Vaccination in the Punjab 1867-1880 - 1867-1880
Year: 1867
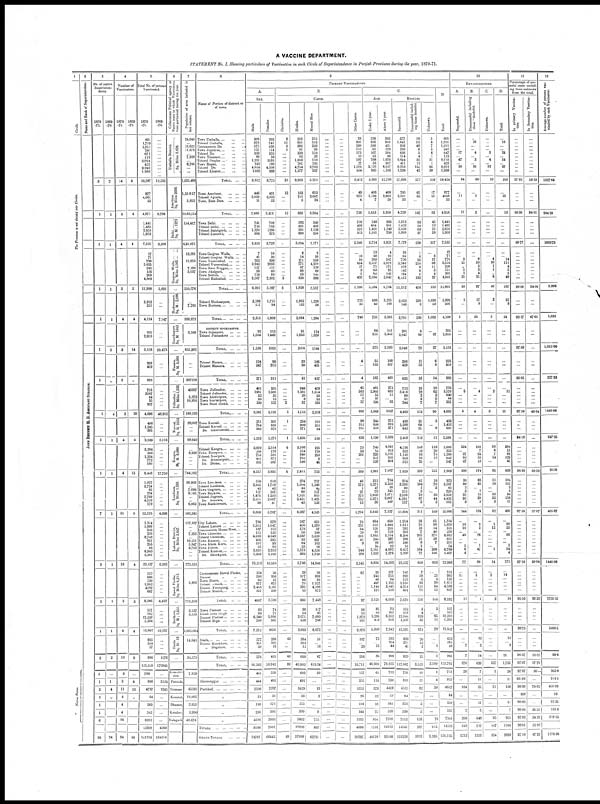
A VACCINE DEPARTMENT.
STATEMENT No. I. Showing particulars of Vaccination in each Circle of Superintendence in Punjab Provinces during the year, 1870-71.
1
Circle.
The Province is not divided into Circles.
Native States.
{
2
Name and Rank of Superintendent.
JOHN BENNETT M. D. ASSISTANT SURGEON.
3
No of native
Superinten-
dents
1870
-71.
3
1
1
1
1
1
1
1
1
1
7
5
1
1
2
1
1
3
1
1
1
6
26
1869
-70.
2
1
1
1
1
5
„
4
1
1
1
1
1
1
2
...
1
4
„
24
4
Number of
Vaccinators.
1870
-71.
14
5
4
3
4
3
3
3
4
4
31
16
3
4
10
3
3
11
4
4
4
26
94
1869
-70.
6
4
4
3
4
14
„
20
4
13
5
4
3
4
9
...
4
13
„
88
5
Total No of persons
Vaccinated
1870
-71.
601
1,719
1,011
241
671
119
2,764
423
9,040
1,998
18,587
877
4,061
33
4,971
1,441
1,485
2,650
1,959
7,535
17
71
790
5,635
242
156
208
4,869
11,988
3,913
211
4,124
205
2,953
3,158
223
459
682
753
3587
64
35
257
4,696
456
1,245
681
2,589
5,384
366
1,334
772
592
8,448
1,077
3,724
85
224
2,709
4,578
179
12,576
1,314
1,999
340
250
8,748
831
255
56
6,843
2,501
23,137
152
996
130
1,652
4589
687
8,206
157
162
12,238
1,284
13,842
665
264
57
986
125,525
789
846
4797
64
369
542
8292
15699
141224
1869
-70.
...
...
...
...
...
...
...
...
...
...
12,535
8,798
8,300
5,691
...
...
7,147
...
...
29,473
...
...
...
...
...
...
...
48,932
...
...
...
5,118
...
...
...
...
...
17,750
...
...
...
...
...
...
...
4,098
...
...
...
...
...
...
...
...
...
...
6,263
...
...
...
...
...
...
6,427
...
...
...
...
18,237
...
...
...
1176
179945
...
3124
1245
...
...
...
...
4369
184314
6
Collectorate Political agency or
Native state in which Vaccinatons
were performed during the year.
Umballa District
{
Sq Miles 2,628.
Amritsur
Sq Miles 2036
Delhi, ... ... ...
Sq M: 1273
Goojran Walla, ... ...
Sq. Miles 2,562
...
Hoshearpore
Sq. M. 2,086
...
Goordaspore
Sq M. 1342
...
Hazara,
Sq M. 3,000.
...
...
J ul l
undur ,
Sq. Miles 1,332
...
Kurnal,
Sq. M. 2353
...
Kangra,
Sq M. 8,990
...
Loodiana,
Sq Miles 1 359.
...
Lahore District,
Sq Miles 3,647.
...
Rawul Pindee.
Sq Miles 6,212
...
Sealkote,
Sq M: 1,955
...
Simla
Sq. M 18
Koniahr-
sien
Puttiala
Sirmoor
Keuntal,
Dhamee,
Kotahur,
Nalagurh
7
Population of area included in
last column
24,040
...
16,622
11,676
...
7,929
...
8,700
...
...
1,035,488
1,35 817
5,853
10,83,514
154,417
6,21,675
19,381
15,653
7,180
5,037
550,576
...
7,785
939,972
5,566
655,362
...
...
367218
45607
5,073
10,953
180,165
29,007
...
...
68,942
...
9,928
...
...
...
744,162
39,983
...
7,096
9,165
...
...
6,062
583,245
117,107
...
...
7,355
...
16,551
5,847
6,718
...
...
775,551
5,803
711,256
8,527
5,153
1,005,004
14,848
34,173
7 829
45595
18,083
2,853
3,990
49,678
8
N a m e of portion of d i s t r i c t or of t o w n
Town Umballa, ...
...
...
Tehseel Umballa, ... ...
Contonments Do.
...
...
Town Jugadree, ... ... ...
Tehseel Do. ... ... ...
Town Thanesar, ...
...
...
Tehseel Peeplee
...
...
...
Town Rupar, ... ... ...
Tehseel Do. ... ... ...
Tehseel Khuror, ... ... ...
TOTAL, ... ...
Town Amritsur, ... ... ...
Tehseel Aguala, ... ... ...
Town Ram Dass, ... ... ...
TOTAL, ... ...
Town Delhi, ... ... ... ...
Tehseel Delhi, ... ... ... ...
Tehseel Balabgurh, ... ... ...
Tehseel Larsowh, ... ... ...
TOTAL, ... ... ...
Town Goojran Walla, ... ...
Tehseel Goojran Walla, ... ...
Town Vuzeerabad, ... ... ...
Tehseel Vuzeerabad, ... ... ...
Town Ram Nuggur, ... ... ...
Town Akalgurh, ... ... ...
Town Sodrah,
...
...
...
Tehseel Hafizabad, ... ... ...
TOTAL, ... ... ...
Tehseel Hoshearpore,
...
...
Town Huriana, ... ... ... ...
TOTAL, ... ... ... ...
DISTRICT GOORDASPOR.
Town Sojanpore, ... ... ...
Tehseel Puttankote ... ... ...
TOTAL, ... ... ...
Tehseel Hazara, ... ... ... ...
Tehseel Mansera, ... ... ...
TOTAL, ... ... ...
Town Jullundur, ... ... ...
Tehseel Jullunder, ... ... ...
Town Alowhlpore, ... ... ...
Town Kaitarpore, ... ... ...
Town Busti Shekh, ... ... ...
TOTAL, ... ... ...
Town Kurnal, ... ... ... ...
Tehseel Kurnal, ... ... ... ...
Do Ghuroundah, ... ... ...
TOTAL, ... ... ...
Tehseel Kangra, ... ... ... ...
Town Noorpore, ... ... ... ...
Tehseel Noorpore, ... ... ...
Do. Humeerpore, ... ... ...
Do. Deran, ... ... ... ...
TOTAL, ... ... ...
Town Loodiana, ... ... ... ...
Tehseel Loodiana, ... ... ... ...
Town Gugraon, ... ... ... ...
Town Rojkote, ... ... ... ...
Tehseel Jugraon, ... ... ...
Do. Simrala, ... ... ...
Town Machhewara, ... ... ...
TOTAL, ... ... ...
City Lahore, ... ... ... ...
Tehseel Lahore ... ... ... ...
Contonments Meean Meer, ... ...
Town Chooman, ... ... ... ...
Tehseel Chooman, ... ... ...
Town Kussoor, ... ... ... ...
Town Khem Kurn, ... ... ...
Town Puttee, ... ... ... ...
Tehseel Kussuor, ... ... ... ...
Do. Shurkpore, ... ... ...
TOTAL, ... ... ...
Contonments Rawul Pindee, ...
Tehseel
„
„ ...
Town Huzro, ... ... ... ...
Tehseel Attock, ... ... ... ...
Tehseel Puttogung, ... ... ...
Tehseel Murree, ... ... ... ...
TOTAL, ... ... ...
Town Pusroor ... ... ... ...
Zihah Soba Singh ... ... ...
Tehseel Pusroor ... ... ... ...
Tehseel Bega ... ... ... ...
TOTAL, ... ... ...
Simla, ... ... ... ... ... ...
Tehseel Kotekhate, ... ... ...
„ Dugshare, ... ... ...
TOTAL, ... ... ...
TOTAL, ... ... ...
„
Shreenuggur ... ... ... ...
Puchhad, ... ... ... ... ...
„
„
„
„
TOTALS, ... ... ... ... ...
GRAND TOTALS,
...
...
...
9
PRIMARY VACCINATINOS.
A.
SEX.
Mails.
308
978
575
127
338
69
1,231
243
4 834
1109
9,812
446
2,039
11
2,496
741
716
1,370
986
3,813
7
41
392
2,942
127
96
119
2,567
6,291
2,198
117
2,315
92
1,504
1,596
124
247
371
401
1981
32
23
130
2,567
251
764
303
1,319
2,870
188
753
401
305
4,517
559
2,005
43
117
1,476
2,511
98
6,809
736
1,952
187
115
4,699
436
162
33
3,630
1,333
13,283
124
598
63
977
2,488
357
4607
83
89
6,340
700
7,212
377
101
38
576
66,583
461
444
2500
33
198
236
4326
8198
74781
Females
293
741
436
114
333
50
1533
180
4,206
889
8,775
431
2,022
22
2,475
700
769
1280
973
3,722
10
30
398
2093
115
60
89
2,302
5,097
1,715
94
1,809
113
1,449
1562
99
212
311
352
1,606
32
12
127
2,129
205
688
378
1,271
2,514
178
581
371
287
3,931
518
1,719
42
107
1,233
2,067
8
5,767
578
1,047
153
135
4,049
395
93
23
3,213
1,168
10,854
28
398
67
675
2,101
330
3,599
74
73
5,898
585
6630
288
103
19
410
58,942
328
402
2297
31
171
306
3966
7501
66443
B.
CASTE.
Christian
6
11
3
1
...
...
...
...
...
...
21
12
...
...
12
...
...
...
...
...
...
...
...
...
...
...
...
3
3
...
...
...
...
...
...
...
...
...
...
...
...
...
2
2
1
...
...
1
6
...
...
...
...
6
...
...
...
...
...
...
...
...
...
...
...
...
...
...
...
...
...
...
...
...
...
...
...
...
...
...
...
...
...
...
...
43
...
...
43
88
...
...
...
...
...
...
...
88
Hindoo
252
855
392
91
339
83
1,659
201
4,754
1,277
9,903
163
701
5
869
582
561
991
890
3,024
8
14
171
771
87
88
59
630
1,828
1,962
132
2,094
91
1,923
2014
33
28
61
249
1,381
20
8
57
1,715
256
809
371
1,436
5,108
154
840
763
546
7,411
274
1,904
44
80
1,521
2,421
43
6,287
587
408
179
50
2,247
93
84
33
1,573
492
5,746
29
107
44
75
391
15
661
30
54
2,671
338
3,093
384
264
12
660
46,802
603
491
3429
36
255
390
5602
10806
57608
Mussul Man
315
552
328
39
159
26
518
195
2,782
337
5,251
653
2,687
24
3,364
349
428
1,138
256
2,171
9
39
569
4,210
138
60
144
888
5,557
1,228
56
1,284
114
1,030
1144
186
431
617
459
1,624
33
22
181
2,319
101
331
84
516
195
179
293
9
46
722
757
1,248
40
117
815
1,425
123
4,525
651
1,370
97
180
5,620
697
162
23
4,326
1,720
14,846
26
889
80
1,577
4,198
672
7,448
117
95
7,695
766
8,673
51
...
16
67
619.24
29
...
13
2
...
8
755
807
62731
...
...
...
...
...
...
...
...
...
...
...
...
...
...
...
...
...
...
...
...
...
...
...
...
...
...
...
...
...
...
...
...
...
...
...
...
...
...
...
...
...
...
...
...
...
...
...
...
...
...
...
...
...
...
...
...
...
...
...
...
...
...
...
...
...
...
...
...
...
...
...
...
...
...
...
...
...
...
...
...
...
...
...
...
...
...
...
...
...
...
...
...
...
...
...
...
...
...
...
...
...
...
...
...
...
...
...
...
...
...
...
...
...
...
...
...
...
...
...
...
...
...
...
...
...
...
...
...
...
...
...
...
...
...
...
...
...
...
...
...
...
...
...
...
...
...
...
...
...
...
...
...
...
...
...
...
...
...
...
...
...
...
...
...
...
...
...
...
...
...
...
...
...
...
...
...
...
...
...
...
...
...
...
...
...
...
...
...
...
...
...
...
...
...
...
...
...
...
...
Other Castes
28
301
288
110
173
10
587
27
1,504
384
3,412
49
673
4
726
510
496
521
813
2,340
...
18
50
654
17
8
5
428
1,180
723
23
746
...
...
...
4
...
4
45
582
11
5
17
660
98
312
226
636
75
33
201
...
...
309
46
572
1
27
373
732
13
1,764
76
221
64
20
881
41
9
...
944
289
2,545
97
...
...
...
...
...
...
97
10
13
1,872
181
2,076
187
29
216
16,711
157
355
1355
26
114
144
1935
4086
20797
C
AGE
Under 1 year.
338
836
580
65
167
33
788
56
2,123
895
5,881
408
1,198
7
1,613
548
604
1,401
1,161
3,714
13
48
283
2,557
71
63
62
2,184
5,284
688
43
731
64
511
575
55
132
187
481
2,905
53
35
195
3,669
244
636
310
1,190
743
54
229
207
128
1,361
313
1,371
47
79
1,638
1,971
30
5,449
664
555
130
91
3,644
244
89
34
2,161
1,222
8,834
25
243
46
497
1,144
171
2,126
85
60
5,280
409
5,900
73
...
13
86
46,600
66
116
378
12
28
22
894
1516
48116
Above 1 year
263
883
431
176
504
86
1,976
307
6,917
1,103
12,706
469
2,863
26
3,358
893
881
1,249
798
3,821
4
23
507
3,078
171
93
146
2,642
6,704
3,225
168
3,393
141
2,442
2,583
168
327
495
272
682
11
...
62
1027
212
816
371
1,399
4,641
312
1,105
565
464
7,087
764
2,353
38
145
1,071
2,607
149
7,127
650
1,444
210
159
5,104
587
166
22
4,682
1,279
14,303
127
753
84
1,155
3,445
516
6,080
72
102
6,952
816
7,942
592
264
44
900
78,925
723
730
4419
52
341
520
7398
14183
93108
RESULTS
Successful
577
1,641
956
230
636
114
2,644
411
8,753
1,926
17,888
795
3,901
33
4,729
1,313
1,423
2,550
1,893
7,179
16
62
726
5,242
218
142
194
4,612
11,212
2,632
149
2,781
201
2,847
3,048
206
429
635
712
3,436
60
31
244
4,483
438
1,388
642
2,468
4,736
323
1,140
608
522
7,329
914
3,393
80
215
2,556
4,291
157
11,606
1,214
1,811
283
203
8,206
290
240
53
6,417
2,320
21,537
145
899
121
1,550
4,354
601
7,670
152
158
12,044
1,239
13,593
633
251
45
929
117,087
736
810
4535
64
353
530
7113
14141
131228
Unsuccessful includ-
ing those doubtful
19
52
48
6
5
4
35
11
155
42
377
65
82
...
147
83
50
69
37
239
1
6
33
214
9
6
5
182
456
230
6
236
4
69
73
11
22
33
23
78
2
2
7
112
15
64
31
110
148
10
53
23
25
259
41
104
1
5
70
87
3
311
39
70
18
7
205
21
8
1
164
77
610
7
58
6
63
151
71
356
3
4
129
35
171
20
13
2
35
3,525
10
21
82
...
5
5
158
287
3812
Unknown.
5
8
7
5
6
1
31
1
65
30
159
17
65
...
82
45
12
31
29
117
...
3
17
68
11
3
4
27
133
1,030
53
1,083
...
37
37
6
8
14
18
62
2
2
7
90
3
...
8
11
116
20
73
12
...
221
18
70
2
...
33
44
2
169
61
98
14
40
271
20
7
...
208
100
819
25
3
39
84
15
166
2
...
65
11
78
1
1
3,180
1
4
30
...
...
...
70
105
3,285
D.
Total
601
1,701
1,011
241
647
119
2,710
423
8,973
1,998
18,424
877
4048
33
4,958
1,441
1,485
2,650
1,959
7,535
17
71
776
5,524
238
151
203
4,821
11,801
3,892
208
4,100
205
2,953
3,158
223
459
682
753
3,576
640
64
257
4,685
456
1,452
681
2,589
5,000
353
1,266
643
547
7,809
973
3,567
83
220
2,659
4,422
162
12,086
1,314
1,979
315
250
8,682
831
255
54
6,789
2,497
22,966
152
982
130
1,652
4,589
687
8,192
157
162
12,238
1,285
13 842
653
264
48
965
123,792
753
835
4647
64
358
535
7341
14533
138,325
10
REVACCINATIONS.
A.
Successful.
...
...
...
...
17
...
47
...
20
...
84
...
11
...
11
...
...
...
...
...
...
...
2
25
„
1
1
21
50
1
...
1
...
...
...
...
...
...
...
5
...
...
...
5
...
...
...
...
224
...
37
92
27
380
30
80
2
3
25
95
9
244
...
16
10
...
40
...
...
1
6
4
77
...
11 ...
...
...
...
11
...
...
...
...
...
...
...
7
7
870
28
...
104
...
...
2
208
342
1212
B
Unsuccessful including
those "doubtful.
...
18
...
...
4
...
3
...
35
...
60
...
2
...
2
...
...
...
...
...
...
...
8
58
3
3
4
21
97
17
3
20
...
...
...
...
...
...
...
4
...
...
...
4
...
...
...
...
102
7
24
23
18
174
63
61
...
1
15
39
5
184
...
3
3
...
26
...
...
1
47
...
80
...
1
...
...
...
...
1
...
...
...
...
...
12
...
2
14
636
7
11
35
...
11
5
648
717
1353
C.
Unknown.
...
...
...
...
3
...
4
...
12
...
19
...
...
...
...
...
...
...
...
...
...
...
4
28
1
1
...
6
40
3
...
3
...
...
...
...
...
...
...
2
...
...
...
2
...
...
...
...
58
6
7
14
...
85
11
16
...
...
10
22
3
62
...
1
12
...
...
...
...
...
1
...
14
...
2
...
...
...
...
2
...
...
...
...
...
...
...
...
...
227
1
...
11
...
...
...
95
107
334
D.
Total.
...
18
...
...
24
...
54
...
67
...
163
...
13
...
13
...
...
...
...
...
...
...
14
111
4
5
5
48
187
21
3
24
...
...
...
...
...
...
...
11
...
...
...
11
...
...
...
...
384
13
68
129
45
639
104
157
2
4
50
156
17
490
...
20
25
...
66
...
...
2
54
4
171
...
14
...
...
...
...
14
...
...
...
...
...
12
...
9
21
1,733
36
11
150
...
11
7
951
1166
2899
11
Percentage of suc-
cesful cases exclud-
ing those unknown
from the total.
In primary Vaccina-
tion.
...
...
...
...
...
...
...
...
...
...
97 93
...
...
...
96 98
...
...
...
...
99 77
...
...
...
...
...
...
...
...
96 09
...
...
92.17
...
...
97.69
...
...
95 05
...
...
...
...
...
97.24
...
...
...
94 18
...
...
...
...
...
96 98
...
...
...
...
...
...
...
97 38
...
...
...
...
...
...
...
...
...
...
97 24
...
...
...
...
...
...
95 56
...
...
...
...
98 75
...
...
...
96 37
97 07
97 87
93.86
98 30
100
98 60
99 06
97 82
98 01
97 10
In Secondary Vaccina-
tion.
...
...
...
...
...
...
...
...
...
...
58 33
...
...
...
84 61
...
...
...
...
...
...
...
...
...
...
...
...
...
34 00
...
...
47 61
...
...
...
...
...
...
...
...
...
...
...
49 04
...
...
...
...
...
...
...
...
...
68 59
...
...
...
...
...
...
...
57 07
...
...
...
...
...
...
...
...
...
...
49 04
...
...
...
...
...
...
93 33
...
...
...
...
...
...
...
...
33 33
57 76
80 --
...
74 82
...
...
28 57
24 29
33 99
47 25
12
Average number of persons vac-
cinated by each Vaccinator.
1327 64
994 20
1883.75
3,996
1,031
1,052 66
227 33
1446 06
647 25
2112
405 67
1446 06
2735 33
3460 5
98 6
263 0
214 5
436 09
16
92 25
135 5
318 15
1176 86